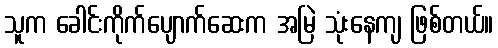
သူက ခေါင်းကိုက်ပျောက်ဆေးက အမြဲ သုံးနေကျ ဖြစ်တယ်။